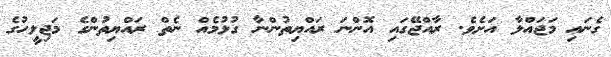
ގެނައި މަޖައްލާ އަށެވެ. ރާއްޖޭގައި އޮންނަ ރައްޔިތުންނާ ގުޅުމެއް ނެތް ރައްޔިތުންގެ މަޖިލީހުގެ